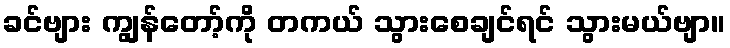
ခင်ဗျား ကျွန်တော့်ကို တကယ် သွားစေချင်ရင် သွားမယ်ဗျာ။